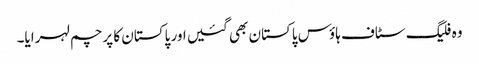
وہ فلیگ سٹاف ہاؤس پاکستان بھی گئیں اور پاکستان کا پرچم لہرایا۔